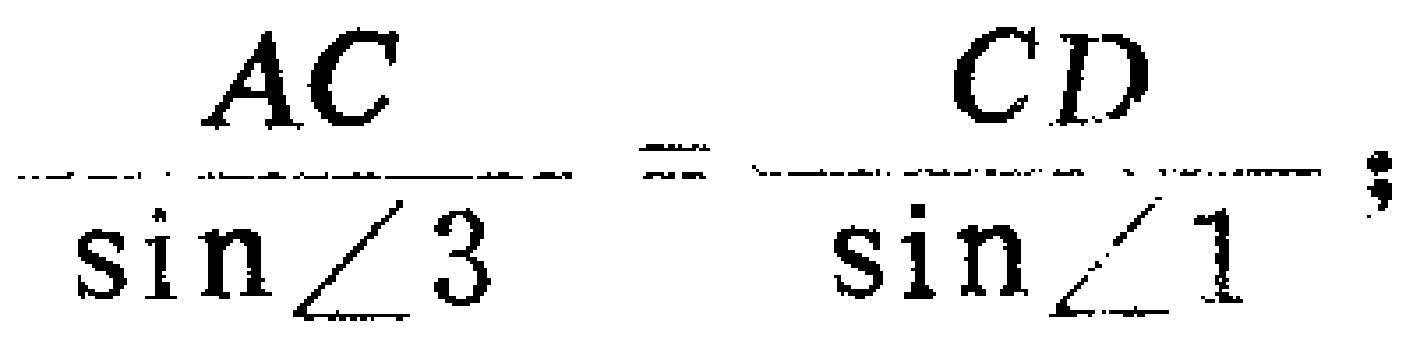
\(\frac{AC}{\sin\angle3}=\frac{CD}{\sin\angle1}\)